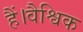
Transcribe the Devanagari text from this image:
हैं।वैश्विक